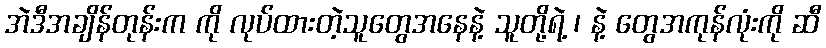
အဲဒီအချိန်တုန်းက ကို လုပ်ထားတဲ့သူတွေအနေနဲ့ သူတို့ရဲ့ ၊ နဲ့ တွေအကုန်လုံးကို ဆီ